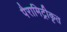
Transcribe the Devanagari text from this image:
पैरामिट्रीकृत